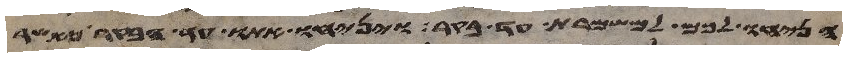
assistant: הניחו לכם למשמרת עד בקר ויניחו אתו עד הבקר כאשר